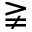
\gneqq